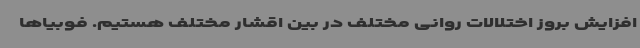
افزایش بروز اختلالات روانی مختلف در بین اقشار مختلف هستیم. فوبیاها